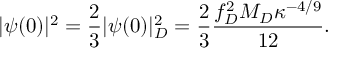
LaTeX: | \psi ( 0 ) | ^ { 2 } = \frac { 2 } { 3 } | \psi ( 0 ) | _ { D } ^ { 2 } = \frac { 2 } { 3 } \frac { f _ { D } ^ { 2 } M _ { D } \kappa ^ { - 4 / 9 } } { 1 2 } .